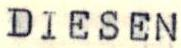
DIESEN